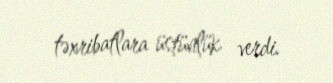
təxribatlara üstünlük verdi.